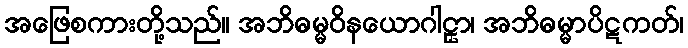
အဖြေစကားတို့သည်။ အဘိဓမ္မဝိနယောဂါဠှာ၊ အဘိဓမ္မာပိဋကတ်၊